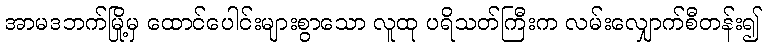
အာမဒဘက်မြို့မှ ထောင်ပေါင်းများစွာသော လူထု ပရိသတ်ကြီးက လမ်းလျှောက်စီတန်း၍